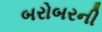
બરોબરની